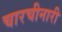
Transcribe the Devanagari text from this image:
चारचीनारी